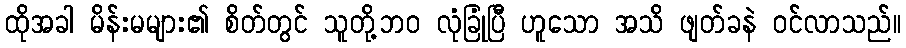
ထိုအခါ မိန်းမများ၏ စိတ်တွင် သူတို့ဘဝ လုံခြုံပြီ ဟူသော အသိ ဖျတ်ခနဲ ဝင်လာသည်။